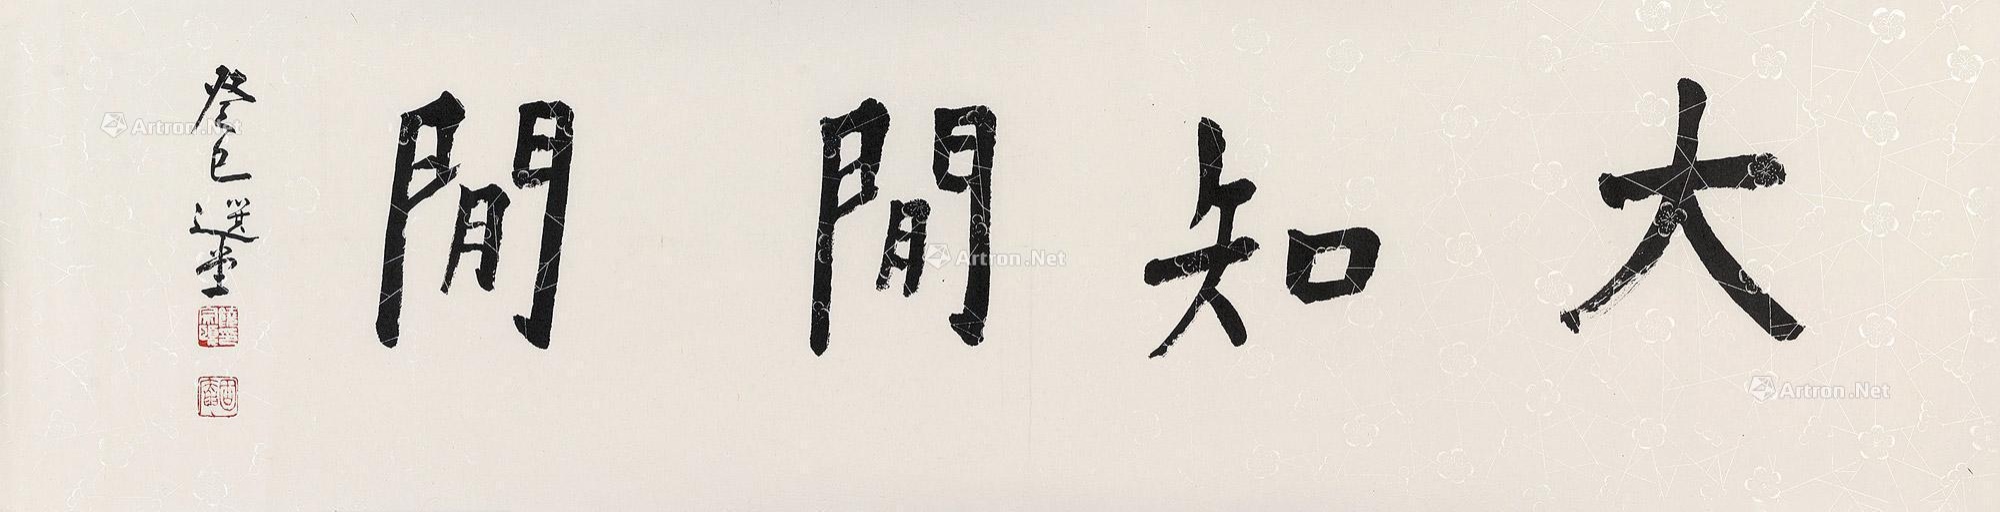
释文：大知闲闲癸巳选堂